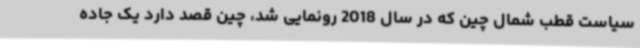
سیاست قطب شمال چین که در سال 2018 رونمایی شد، چین قصد دارد یک جاده